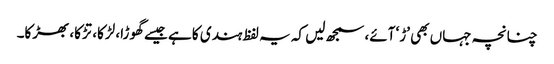
چنانچہ جہاں بھی ’ڑ‘ آئے، سمجھ لیں کہ یہ لفظ ہندی کا ہے جیسے گھوڑا، لڑکا، تڑکا، بھڑکا۔